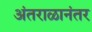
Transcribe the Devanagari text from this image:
अंतराळानंतर